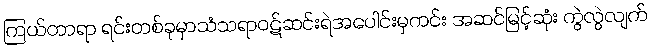
ကြယ်တာရာ ရင်းတစ်ခုမှာသံသရာဝဋ်ဆင်းရဲအပေါင်းမှကင်း အဆင်မြင့်ဆုံး ကွဲလွဲလျက်